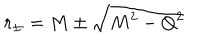
r _ { \pm } = M \pm \sqrt { M ^ { 2 } - Q ^ { 2 } }